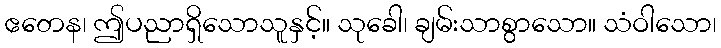
ဧတေန၊ ဤပညာရှိသောသူနှင့်။ သုခေါ၊ ချမ်းသာစွာသော။ သံဝါသော၊